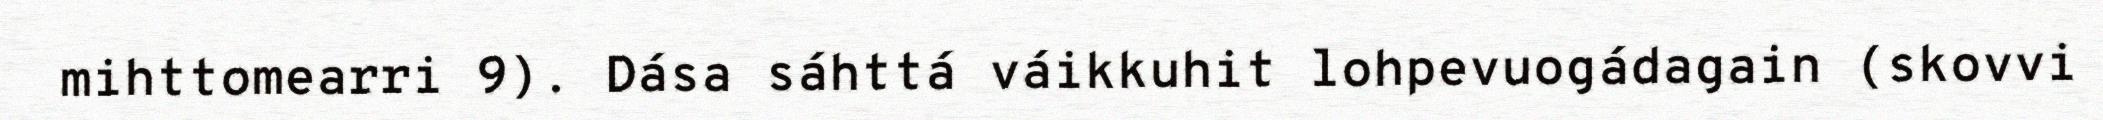
mihttomearri 9). Dása sáhttá váikkuhit lohpevuogádagain (skovvi